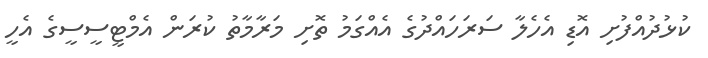
ކުޅުދުއްފުށި އޮޑި އެހެލާ ސަރަހައްދުގެ އެއްގަމު ތޮށި މަރާމާތު ކުރަން އެމްޓީސީސީގެ އެހީ